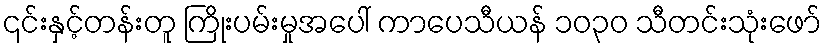
၎င်းနှင့်တန်းတူ ကြိုးပမ်းမှုအပေါ် ကာပေသီယန် ၁၀၃၀ သီတင်းသုံးဖော်